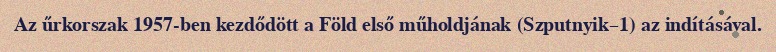
Az űrkorszak 1957-ben kezdődött a Föld első műholdjának (Szputnyik–1) az indításával.